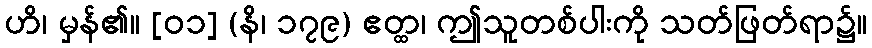
ဟိ၊ မှန်၏။ [၀၁] (နိ၊ ၁၇၉) ဧတ္ထ၊ ဤသူတစ်ပါးကို သတ်ဖြတ်ရာ၌။